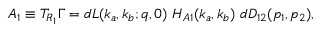
A _ { 1 } \equiv T _ { R _ { 1 } } \Gamma = d L ( k _ { a } , k _ { b } ; q , 0 ) ~ H _ { A 1 } ( k _ { a } , k _ { b } ) ~ d D _ { 1 2 } ( p _ { 1 } , p _ { 2 } ) ,